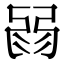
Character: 𢏽